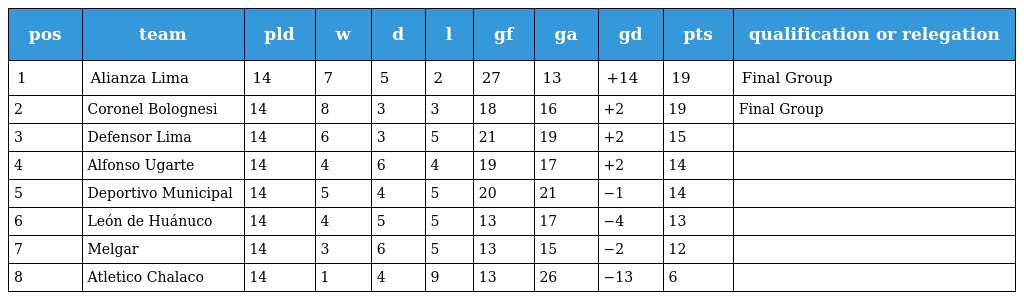
| pos | team | pld | w | d | l | gf | ga | gd | pts | qualification or relegation |
 | --- | --- | --- | --- | --- | --- | --- | --- | --- | --- | --- |
 | 1 | Alianza Lima | 14 | 7 | 5 | 2 | 27 | 13 | +14 | 19 | Final Group |
 | 2 | Coronel Bolognesi | 14 | 8 | 3 | 3 | 18 | 16 | +2 | 19 | Final Group |
 | 3 | Defensor Lima | 14 | 6 | 3 | 5 | 21 | 19 | +2 | 15 |  |
 | 4 | Alfonso Ugarte | 14 | 4 | 6 | 4 | 19 | 17 | +2 | 14 |  |
 | 5 | Deportivo Municipal | 14 | 5 | 4 | 5 | 20 | 21 | −1 | 14 |  |
 | 6 | León de Huánuco | 14 | 4 | 5 | 5 | 13 | 17 | −4 | 13 |  |
 | 7 | Melgar | 14 | 3 | 6 | 5 | 13 | 15 | −2 | 12 |  |
 | 8 | Atletico Chalaco | 14 | 1 | 4 | 9 | 13 | 26 | −13 | 6 |  |